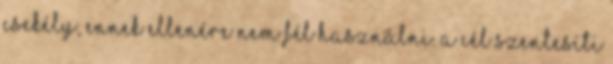
csekély, ennek ellenére nem fél használni. A cél szentesíti